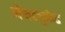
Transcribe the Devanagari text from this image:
नैनट्युकेट